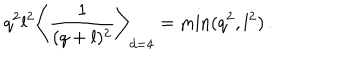
LaTeX: q ^ { 2 } l ^ { 2 } \left\langle { \frac { 1 } { ( q + l ) ^ { 2 } } } \right\rangle _ { d = 4 } = \min ( q ^ { 2 } , l ^ { 2 } ) \, .